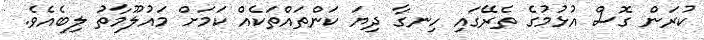
ކުރަން ގޮސް އުޅުމުގެ ތެރޭގައި ހިނގާ ދިޔަ ކަންތައްތަކެއް ކަމަށް މައުލޫމާތު ލިބެއެވެ.